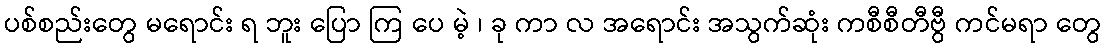
ပစ်စည်းတွေ မရောင်း ရ ဘူး ပြော ကြ ပေ မဲ့ ၊ ခု ကာ လ အရောင်း အသွက်ဆုံး ကစီစီတီဗွီ ကင်မရာ တွေ